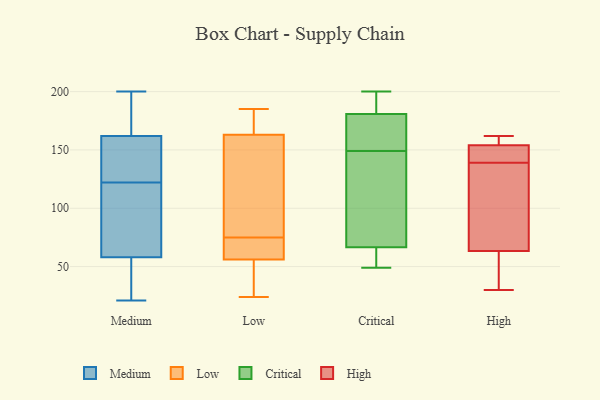
{"axis": {"x": "Customer Acquisition Cost (USD)", "y": "Value"}, "legend": ["Critical", "High", "Low", "Medium"], "data": [{"x": "", "y": 21, "type": "Medium"}, {"x": "", "y": 193, "type": "Medium"}, {"x": "", "y": 149, "type": "Medium"}, {"x": "", "y": 77, "type": "Medium"}, {"x": "", "y": 48, "type": "Medium"}, {"x": "", "y": 165, "type": "Medium"}, {"x": "", "y": 58, "type": "Medium"}, {"x": "", "y": 23, "type": "Medium"}, {"x": "", "y": 141, "type": "Medium"}, {"x": "", "y": 162, "type": "Medium"}, {"x": "", "y": 161, "type": "Medium"}, {"x": "", "y": 89, "type": "Medium"}, {"x": "", "y": 193, "type": "Medium"}, {"x": "", "y": 103, "type": "Medium"}, {"x": "", "y": 152, "type": "Medium"}, {"x": "", "y": 200, "type": "Medium"}, {"x": "", "y": 52, "type": "Medium"}, {"x": "", "y": 81, "type": "Medium"}, {"x": "", "y": 78, "type": "Low"}, {"x": "", "y": 71, "type": "Low"}, {"x": "", "y": 63, "type": "Low"}, {"x": "", "y": 175, "type": "Low"}, {"x": "", "y": 49, "type": "Low"}, {"x": "", "y": 72, "type": "Low"}, {"x": "", "y": 167, "type": "Low"}, {"x": "", "y": 24, "type": "Low"}, {"x": "", "y": 40, "type": "Low"}, {"x": "", "y": 85, "type": "Low"}, {"x": "", "y": 185, "type": "Low"}, {"x": "", "y": 184, "type": "Low"}, {"x": "", "y": 71, "type": "Low"}, {"x": "", "y": 159, "type": "Low"}, {"x": "", "y": 153, "type": "Low"}, {"x": "", "y": 35, "type": "Low"}, {"x": "", "y": 149, "type": "Critical"}, {"x": "", "y": 200, "type": "Critical"}, {"x": "", "y": 61, "type": "Critical"}, {"x": "", "y": 186, "type": "Critical"}, {"x": "", "y": 49, "type": "Critical"}, {"x": "", "y": 154, "type": "Critical"}, {"x": "", "y": 179, "type": "Critical"}, {"x": "", "y": 164, "type": "Critical"}, {"x": "", "y": 67, "type": "Critical"}, {"x": "", "y": 196, "type": "Critical"}, {"x": "", "y": 146, "type": "Critical"}, {"x": "", "y": 65, "type": "Critical"}, {"x": "", "y": 109, "type": "Critical"}, {"x": "", "y": 139, "type": "High"}, {"x": "", "y": 155, "type": "High"}, {"x": "", "y": 151, "type": "High"}, {"x": "", "y": 67, "type": "High"}, {"x": "", "y": 96, "type": "High"}, {"x": "", "y": 141, "type": "High"}, {"x": "", "y": 161, "type": "High"}, {"x": "", "y": 62, "type": "High"}, {"x": "", "y": 30, "type": "High"}, {"x": "", "y": 162, "type": "High"}, {"x": "", "y": 34, "type": "High"}]}